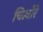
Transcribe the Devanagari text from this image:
चिन्चोरे